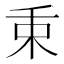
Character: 𣏮